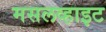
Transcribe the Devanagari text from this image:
मसलव्हाइट